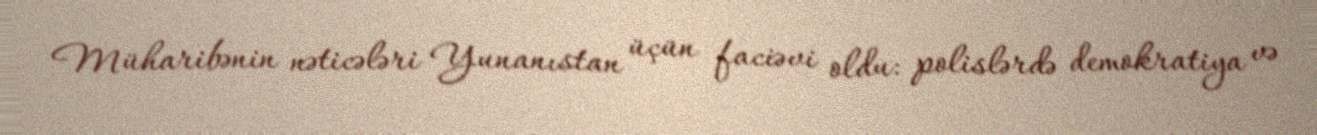
Müharibənin nəticələri Yunanıstan üçün faciəvi oldu: polislərdə demokratiya və